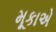
મૂકાએ